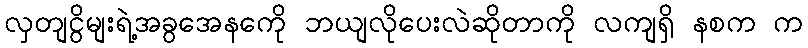
လှတျငွိမျးရဲ့အခွအေနကေို ဘယျလိုပေးလဲဆိုတာကို လကျရှိ နစက က